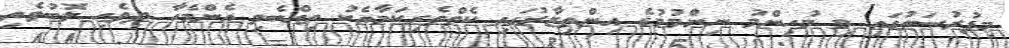
މިފުރުޞަތުގައި މި މުހިންމު ނިންމުމުގެ އިންތިޒާރުގައި ކެތްތެރިކަމާއެކު ތިއްބެވި އެންމެހާ ދިވެހި ލޮބުވެތި